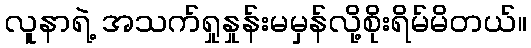
လူနာရဲ့ အသက်ရှုနှုန်းမမှန်လို့စိုးရိမ်မိတယ်။